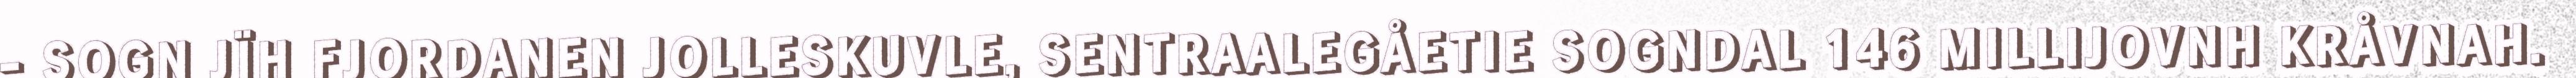
- SOGN JÏH FJORDANEN JOLLESKUVLE, SENTRAALEGÅETIE SOGNDAL 146 MILLIJOVNH KRÅVNAH.